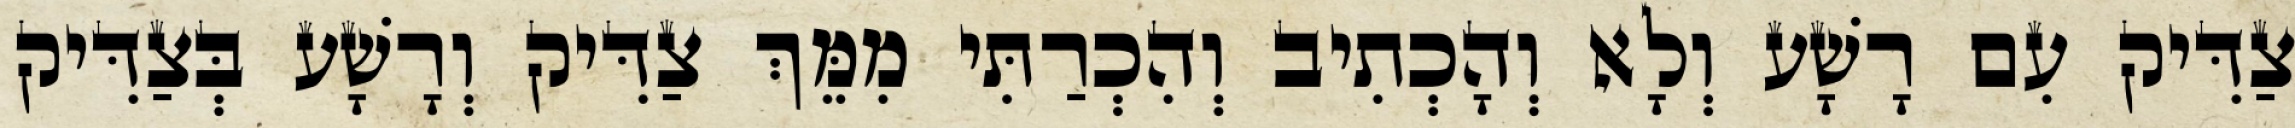
צַדִּיק עִם רָשָׁע וְלָא וְהָכְתִיב וְהִכְרַתִּי מִמֵּךְ צַדִּיק וְרָשָׁע בְּצַדִּיק